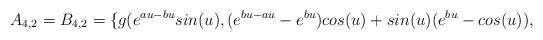
LaTeX: \begin{align*} A_{4,2}=B_{4,2}=\{g(e^{au-bu}sin(u),(e^{bu-au}-e^{bu})cos(u)+sin(u)(e^{bu}-cos(u)), \end{align*}